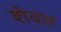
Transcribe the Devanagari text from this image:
शेवत